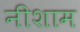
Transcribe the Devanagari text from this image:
नीशाम